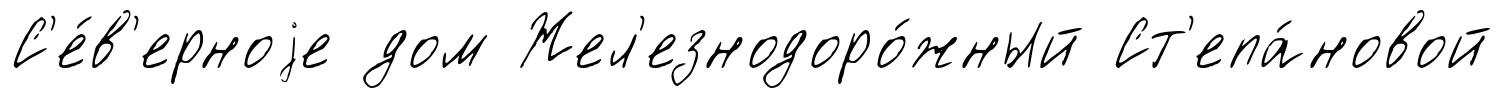
С'е́в'ерноjе дом Жел'езнодоро́жный Ст'епа́новой